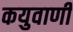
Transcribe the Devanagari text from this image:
कयुवाणी